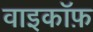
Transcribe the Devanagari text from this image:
वाइकॉफ़